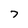
Character: 7